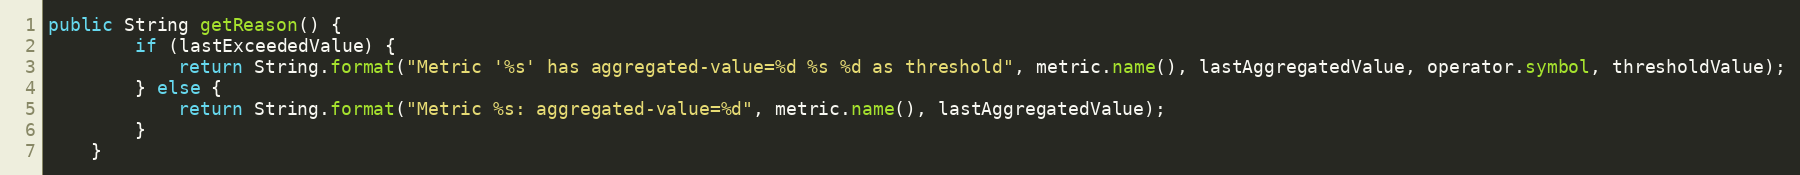
Language: Java
public String getReason() {
        if (lastExceededValue) {
            return String.format("Metric '%s' has aggregated-value=%d %s %d as threshold", metric.name(), lastAggregatedValue, operator.symbol, thresholdValue);
        } else {
            return String.format("Metric %s: aggregated-value=%d", metric.name(), lastAggregatedValue);
        }
    }